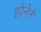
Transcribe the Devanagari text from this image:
होनेगे